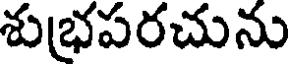
శుభ్రపరచును